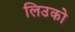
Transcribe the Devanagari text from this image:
लिउको